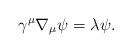
LaTeX: \begin{align*}\gamma^\mu \nabla_\mu \psi = \lambda \psi.\end{align*}